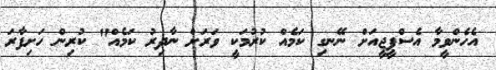
އެހެންވީމާ އެސްޕީޖީއަށް ނޭނގި ކަމެއް ކުރުމަކީ ވަރަށް ނާދިރު ކަމެއް" ކުރިން ހަށިފާރަ